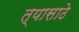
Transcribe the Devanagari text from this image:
त्यासाठे